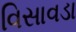
વિસાવડા